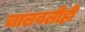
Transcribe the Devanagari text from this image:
चालवलीही